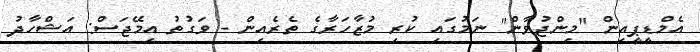
އެމްޑީޕީއިން "މިންޖުވާން" ނަމުގައި ކުރި މުޒާހަރާގެ ތެރެއިން - ވަގުތު އިމޭޖަސް: އަޝްހާދު